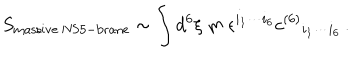
LaTeX: S _ { \mathrm { m a s s i v e \ N S 5 - b r a n e } } \sim \int d ^ { 6 } \xi \ m \ \epsilon ^ { i _ { 1 } \cdots i _ { 6 } } c ^ { ( 6 ) } { } _ { i _ { 1 } \cdots i _ { 6 } } \, .